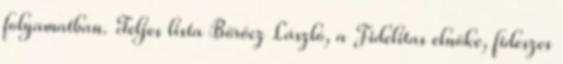
folyamatban. Teljes lista Böröcz László, a Fidelitas elnöke, fideszes